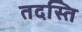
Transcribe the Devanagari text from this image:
तदस्ति